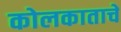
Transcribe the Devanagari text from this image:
कोलकाताचे